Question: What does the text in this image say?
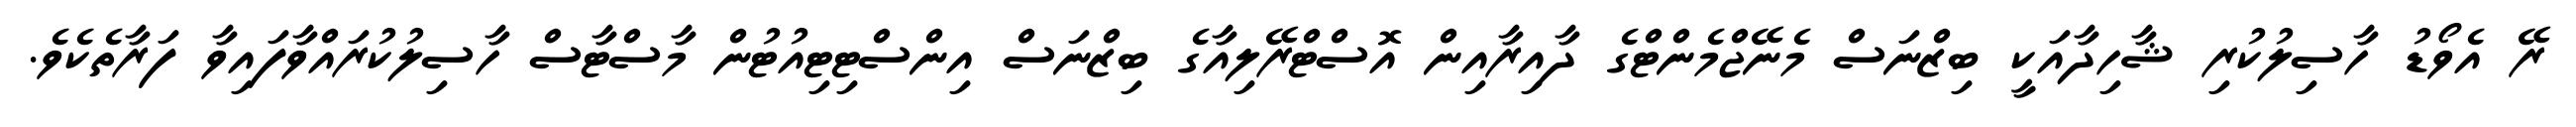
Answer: ރޭ އެވޯޑު ހާސިލުކުރި ޝާހިދާއަކީ ބިޒްނަސް މެނޭޖްމެންޓްގެ ދާއިރާއިން އޮސްޓްރޭލިއާގެ ބިޒްނަސް އިންސްޓިޓިއުޓުން މާސްޓާސް ހާސިލުކުރައްވާފައިވާ ފަރާތެކެވެ.